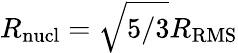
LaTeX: R_{\mathrm{nucl}}=\sqrt{5/3}R_{\mathrm{RMS}}